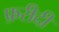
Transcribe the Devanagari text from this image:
फ़रीदी